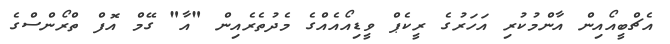
އެޗްބީއޯއިން އާންމުކުރި އަހަރުގެ ރީކެޕް ވީޑިއޯއެއްގެ މެދުތެރެއިން "އާ" ގޭމް އޮފް ތްރޯންސްގެ